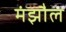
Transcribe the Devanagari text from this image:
मंझौल